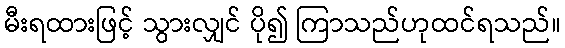
မီးရထားဖြင့် သွားလျှင် ပို၍ ကြာသည်ဟုထင်ရသည်။